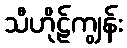
သီဟိုဠ်ကျွန်း